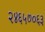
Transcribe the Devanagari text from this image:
२४६५७०६३